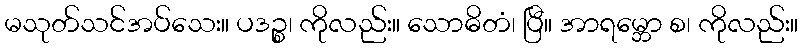
မသုတ်သင်အပ်သေး။ ပဒဉ္စ၊ ကိုလည်း။ သောဓိတံ၊ ပြီ။ အာရမ္ဘော စ၊ ကိုလည်း။